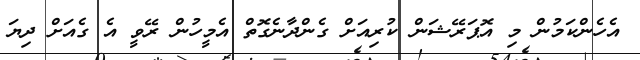
އެހެންކަމުން މި އޮޕަރޭޝަން ކުރިއަށް ގެންދާނެގޮތް އެމީހުން ރޭވީ އެ ގެއަށް ދިޔަ